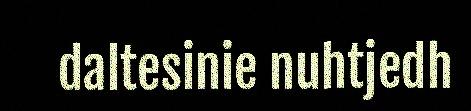
daltesinie nuhtjedh